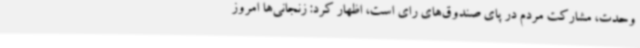
وحدت، مشارکت مردم در پای صندوق‌های رای است، اظهار کرد: زنجانی‌ها امروز